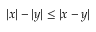
| x | - | y | \leq | x - y |